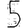
Digit: 5